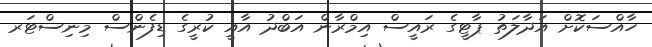
ހާއްސަކޮށް އަދާލަތު ޕާޓީގެ ރައީސް އިމްރާން އަބްދު އާއީ ކުރީގެ ޑިފެންސް މިނިސްޓަރ